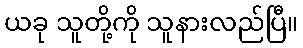
ယခု သူတို့ကို သူနားလည်ပြီ။